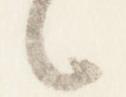
之